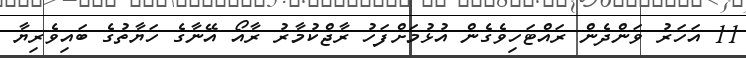
11 އަހަރު ވަންދެން ރައްޓަހިވެގެން އުޅުމަށްފަހު ރާޖްކުމާރު ރާއޯ އޭނާގެ ހަޔާތުގެ ބައިވެރިޔާ